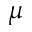
\mu